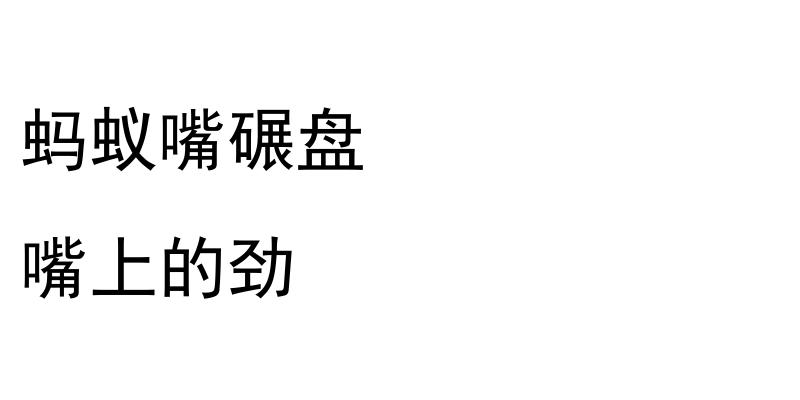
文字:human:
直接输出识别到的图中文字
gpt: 蚂蚁嘴碾盘 嘴上的劲